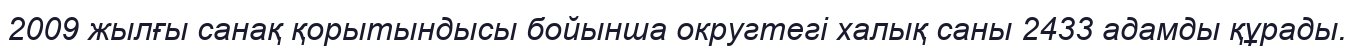
2009 жылғы санақ қорытындысы бойынша округтегі халық саны 2433 адамды құрады.